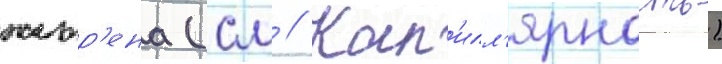
жюр'ена (см // Кап'илл'ярность)